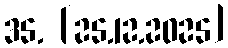
35. [25.12.2025]